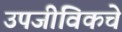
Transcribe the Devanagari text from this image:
उपजीविकचे